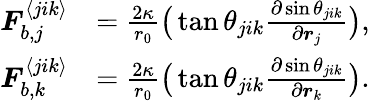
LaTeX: \begin{array}{rl}{\boldsymbol{F}_{b,j}^{\langle jik\rangle}}&{=\frac{2\kappa}{r_{0}}\big(\tan\theta_{jik}\frac{\partial\sin\theta_{jik}}{\partial\boldsymbol{r}_{j}}\big),}\\ {\boldsymbol{F}_{b,k}^{\langle jik\rangle}}&{=\frac{2\kappa}{r_{0}}\big(\tan\theta_{jik}\frac{\partial\sin\theta_{jik}}{\partial\boldsymbol{r}_{k}}\big).}\end{array}